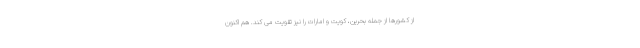
از کشورها از جمله بحرین، کویت و امارات را نیز تقویت می کند. هم اکنون